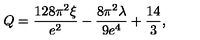
Q = { \frac { 1 2 8 \pi ^ { 2 } \xi } { e ^ { 2 } } } - { \frac { 8 \pi ^ { 2 } \lambda } { 9 e ^ { 4 } } } + { \frac { 1 4 } { 3 } } ,